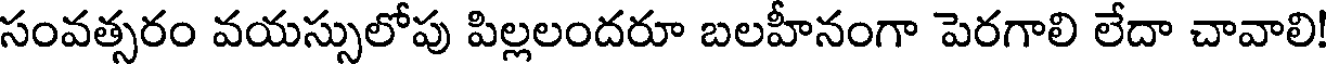
సంవత్సరం వయస్సులోపు పిల్లలందరూ బలహీనంగా పెరగాలి లేదా చావాలి